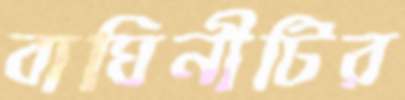
বাঘিনীটির